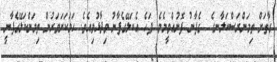
ގާތަށް ތިމަންރަސްކަލާނގެ  ގެފާނު ފޮނުއްވީމެވެ. ފަހެ އެކަލޭގެފާނު ވިދާޅުވިއެވެ. ހަމަކަށަވަރުން ތިމަންކަލޭގެފާނީ